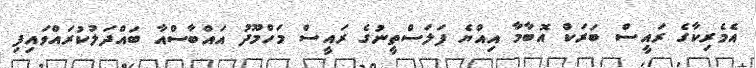
އެމެރިކާގެ ރައީސް ބަރަކް އޮބާމާ އިއްޔެ ފަލަސްތީނުގެ ރައީސް މަހްމޫދު އައްބާސްއާ ބައްދަލުކުރައްވައިފި